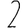
Digit: 2